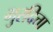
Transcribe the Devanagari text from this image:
गुरदित्ता